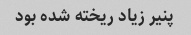
پنیر زیاد ریخته شده بود